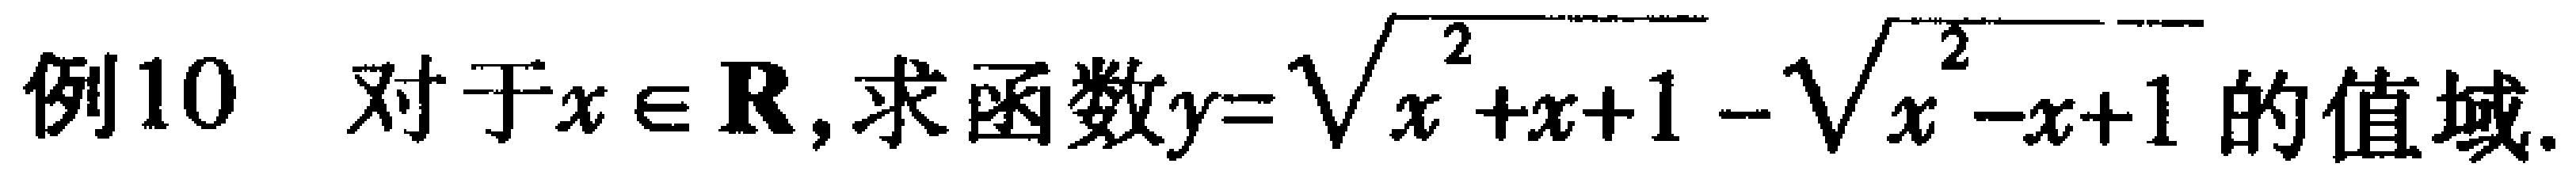
例10 对于$x \in \mathbf{R}$,求函数$y = \sqrt{x^{2}+x + 1}-\sqrt{x^{2}-x + 1}$的值域.